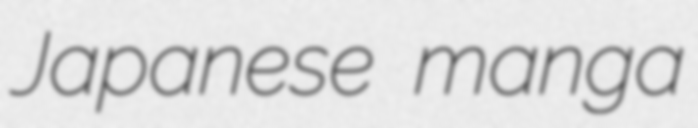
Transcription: Japanese manga